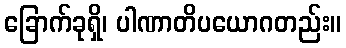
ခြောက်ခုရှိ၊ ပါဏာတိပယောဂတည်း။